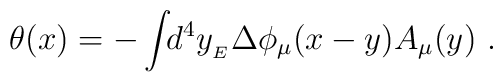
\theta(x)=-\int\!\!d^{4}y_{_{E}}\Delta\phi_{\mu}(x-y)A_{\mu}(y) \ .